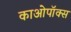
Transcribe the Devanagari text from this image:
काओपॉक्स